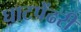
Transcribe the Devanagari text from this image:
घाटपेंढरी